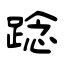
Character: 踗